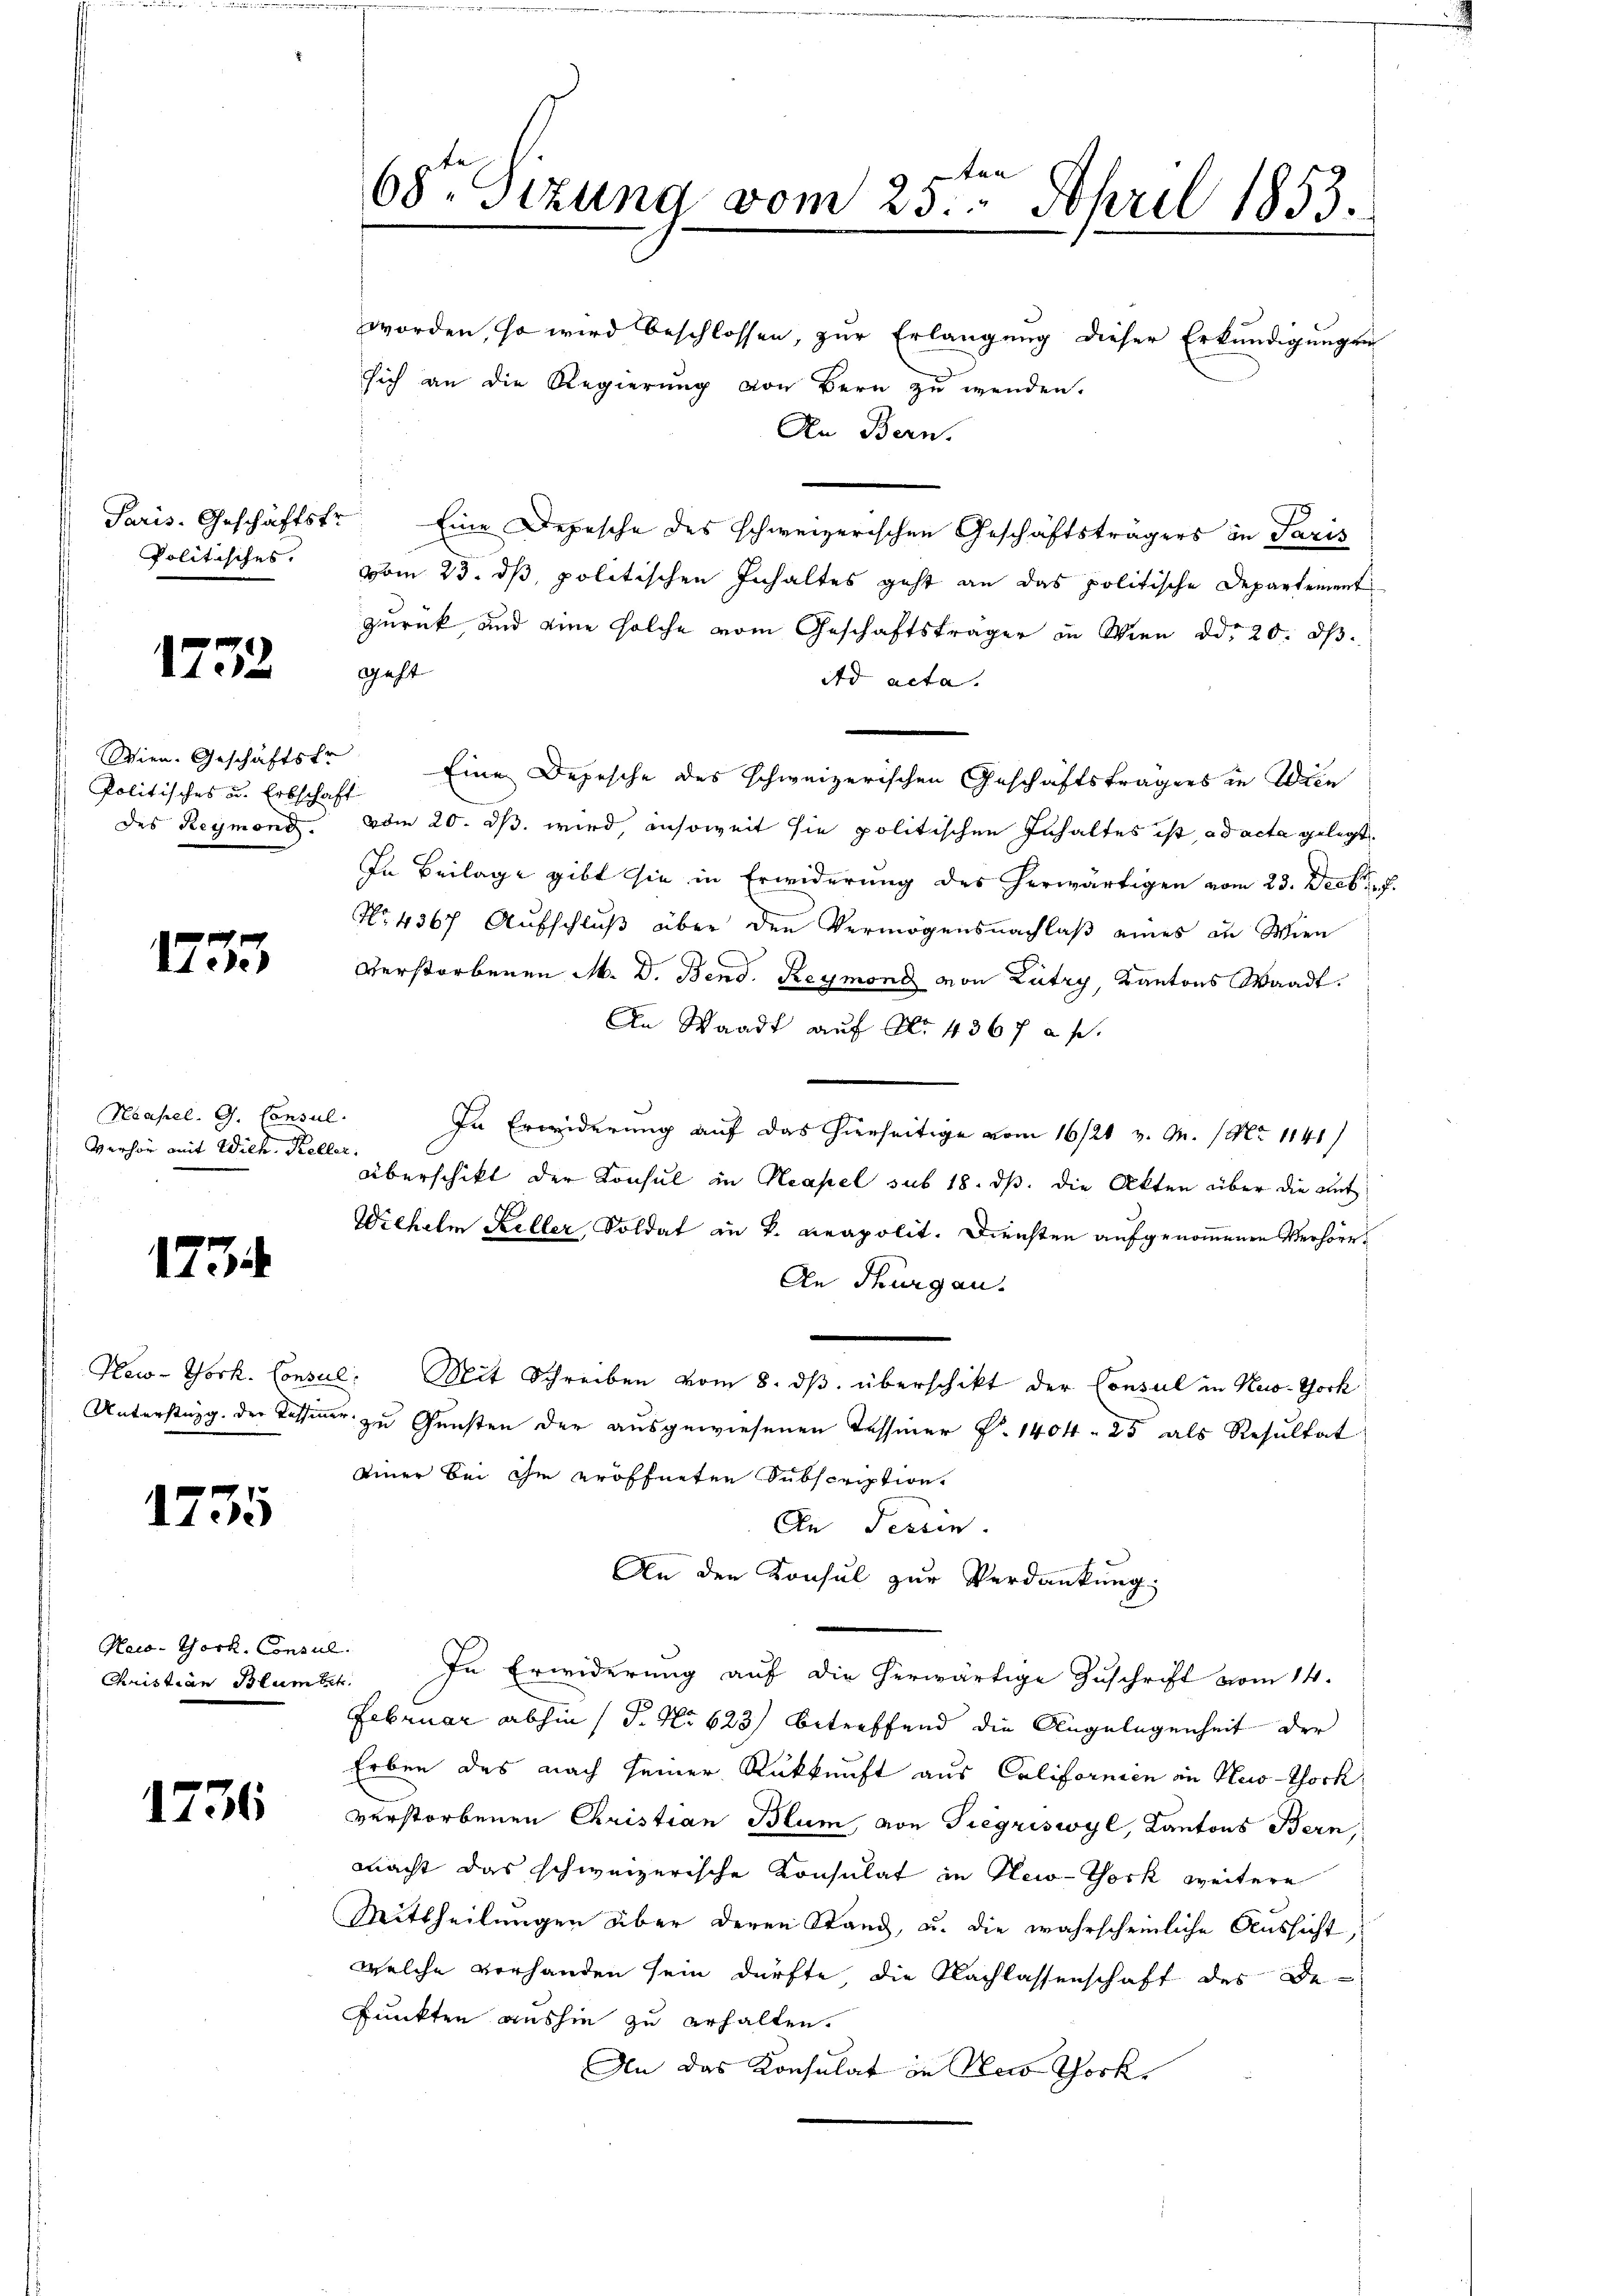
Politisches.

1772

Wien Geschäftsfr
Politisches u. Erbschaft

1735

Neapel. G. Consul
Verhör mit Wilh. Keller,

1734

1735

Maco-York, Consul
Christian Blumbet.

1736

worden, so wird beschlossen, zŭr Erlangŭng dieser Erkŭndigŭngen
sich an die Regierung von Bern zu wenden.
An Bern.
Paris. Geschäftstr. Eine Depesche des schweizerischen Geschäftsträgers in Saris
vom 23. ds, politischen Inhaltes geht an das politische Departement
zurück, und eine solche vom Geschäftsträger in Wien ddo 20. dβ.
Geht
Ad acta.
Eine Depesche des schweizerischen Geschäftsträgers in Wien
des Reymond. vom 20. ds. wird, insoweit sie politischen Inhaltes ist, ad acta gelegt
In Beilage gibt sie in Erwiderung des herwärtigen vom 23. Decbr.
No. 4367 Aufschluß über den Vermögensnachlaß eines in Wien
Verstorbenen M. D. Bend. Reymond von Lutry, Kantons Waadt.
An Waadt auf No 4367 f.
In Erwiderung auf das hierseitige vom 16/21. v. 9. No 1141/
Überschikt der Konsul in Neapel sub 18. ds. die Akten über die mit
Wilhelm Keller, Soldat in K. Beapolit. Diensten aufgenommenen Verhöre
An Thurgau.
New-York, Consul, Mit Schreiben vom 8. dβ überschikt der Consul in Hus-Tock
Unterstung der Tessiner zu Gunsten der ausgewiesenen Tessiner P. 1404. 25 als Resultat
einer bei ihm eröffneten Subscription
An Tessin.
An den Konsul zur Verdankung.
In Erwiderung auf die herwärtige Zuschrift vom 14.
Februar abhin (T. No 623 betreffend die Angelegenheit der
Erben des nach seiner Rückkunft aus Californien in Hus-Thock
verstorbenen Christian Blum, von Siegriswyl, Kantons Bern,
macht das schweizerische Konsulat in New-York weitere
Mittheilungen über deren Stand, u. die wahrscheinliche Aussicht,
welche vorhanden sein dürfte, die Nachlassenschaft des De¬
Punkten aushin zu erhalten.
An das Konsulat in des Thork

en
68ten Sizung vom 23. April 1853.